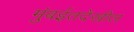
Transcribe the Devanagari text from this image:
मुंबईतदेखील